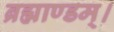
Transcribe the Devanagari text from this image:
ब्रह्माण्डम्।